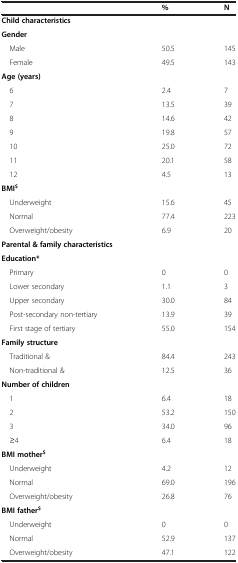
<table><thead><tr><td><b> </b></td><td><b>%</b></td><td><b>N</b></td></tr></thead><tbody><tr><td><b>Child characteristics</b></td><td> </td><td> </td></tr><tr><td><b>Gender</b></td><td> </td><td> </td></tr><tr><td> Male</td><td>50.5</td><td>145</td></tr><tr><td> Female</td><td>49.5</td><td>143</td></tr><tr><td><b>Age (years)</b></td><td> </td><td> </td></tr><tr><td> 6</td><td>2.4</td><td>7</td></tr><tr><td> 7</td><td>13.5</td><td>39</td></tr><tr><td> 8</td><td>14.6</td><td>42</td></tr><tr><td> 9</td><td>19.8</td><td>57</td></tr><tr><td> 10</td><td>25.0</td><td>72</td></tr><tr><td> 11</td><td>20.1</td><td>58</td></tr><tr><td> 12</td><td>4.5</td><td>13</td></tr><tr><td><b>BMI</b><sup><b>$</b></sup></td><td> </td><td> </td></tr><tr><td> Underweight</td><td>15.6</td><td>45</td></tr><tr><td> Normal</td><td>77.4</td><td>223</td></tr><tr><td> Overweight/obesity</td><td>6.9</td><td>20</td></tr><tr><td><b>Parental &amp; family characteristics</b></td><td> </td><td> </td></tr><tr><td><b>Education</b><b>*</b></td><td> </td><td> </td></tr><tr><td> Primary</td><td>0</td><td>0</td></tr><tr><td> Lower secondary</td><td>1.1</td><td>3</td></tr><tr><td> Upper secondary</td><td>30.0</td><td>84</td></tr><tr><td> Post-secondary non-tertiary</td><td>13.9</td><td>39</td></tr><tr><td> First stage of tertiary</td><td>55.0</td><td>154</td></tr><tr><td><b>Family structure</b></td><td> </td><td> </td></tr><tr><td> Traditional &amp;</td><td>84.4</td><td>243</td></tr><tr><td> Non-traditional &amp;</td><td>12.5</td><td>36</td></tr><tr><td><b>Number of children</b></td><td> </td><td> </td></tr><tr><td> 1</td><td>6.4</td><td>18</td></tr><tr><td> 2</td><td>53.2</td><td>150</td></tr><tr><td> 3</td><td>34.0</td><td>96</td></tr><tr><td> ≥4</td><td>6.4</td><td>18</td></tr><tr><td><b>BMI mother</b><sup><b>$</b></sup></td><td> </td><td> </td></tr><tr><td> Underweight</td><td>4.2</td><td>12</td></tr><tr><td> Normal</td><td>69.0</td><td>196</td></tr><tr><td> Overweight/obesity</td><td>26.8</td><td>76</td></tr><tr><td><b>BMI father</b><sup><b>$</b></sup></td><td> </td><td> </td></tr><tr><td> Underweight</td><td>0</td><td>0</td></tr><tr><td> Normal</td><td>52.9</td><td>137</td></tr><tr><td> Overweight/obesity</td><td>47.1</td><td>122</td></tr></tbody></table>